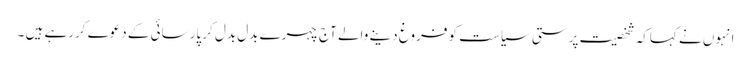
انہوں نے کہاکہ شخصیت پرستی سیاست کو فروغ دینے والے آج چہرے بدل بدل کر پارسائی کے دعوے کررہے ہیں ۔